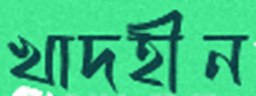
খাদহীন